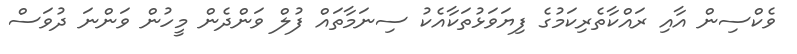
ވެކްސިން އާއި ރައްކާތެރިކަމުގެ ފިޔަވަޅުތަކާއެކު ސިނަމާތައް ފުލް ވަންދެން މީހުން ވަންނަ ދުވަސް